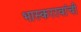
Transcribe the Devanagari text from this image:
भास्कररवांची